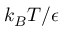
k _ { B } T / \epsilon